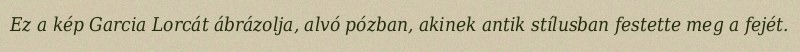
Ez a kép Garcia Lorcát ábrázolja, alvó pózban, akinek antik stílusban festette meg a fejét.